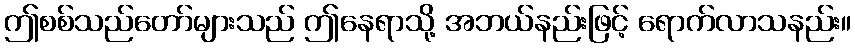
ဤစစ်သည်တော်များသည် ဤနေရာသို့ အဘယ်နည်းဖြင့် ရောက်လာသနည်း။